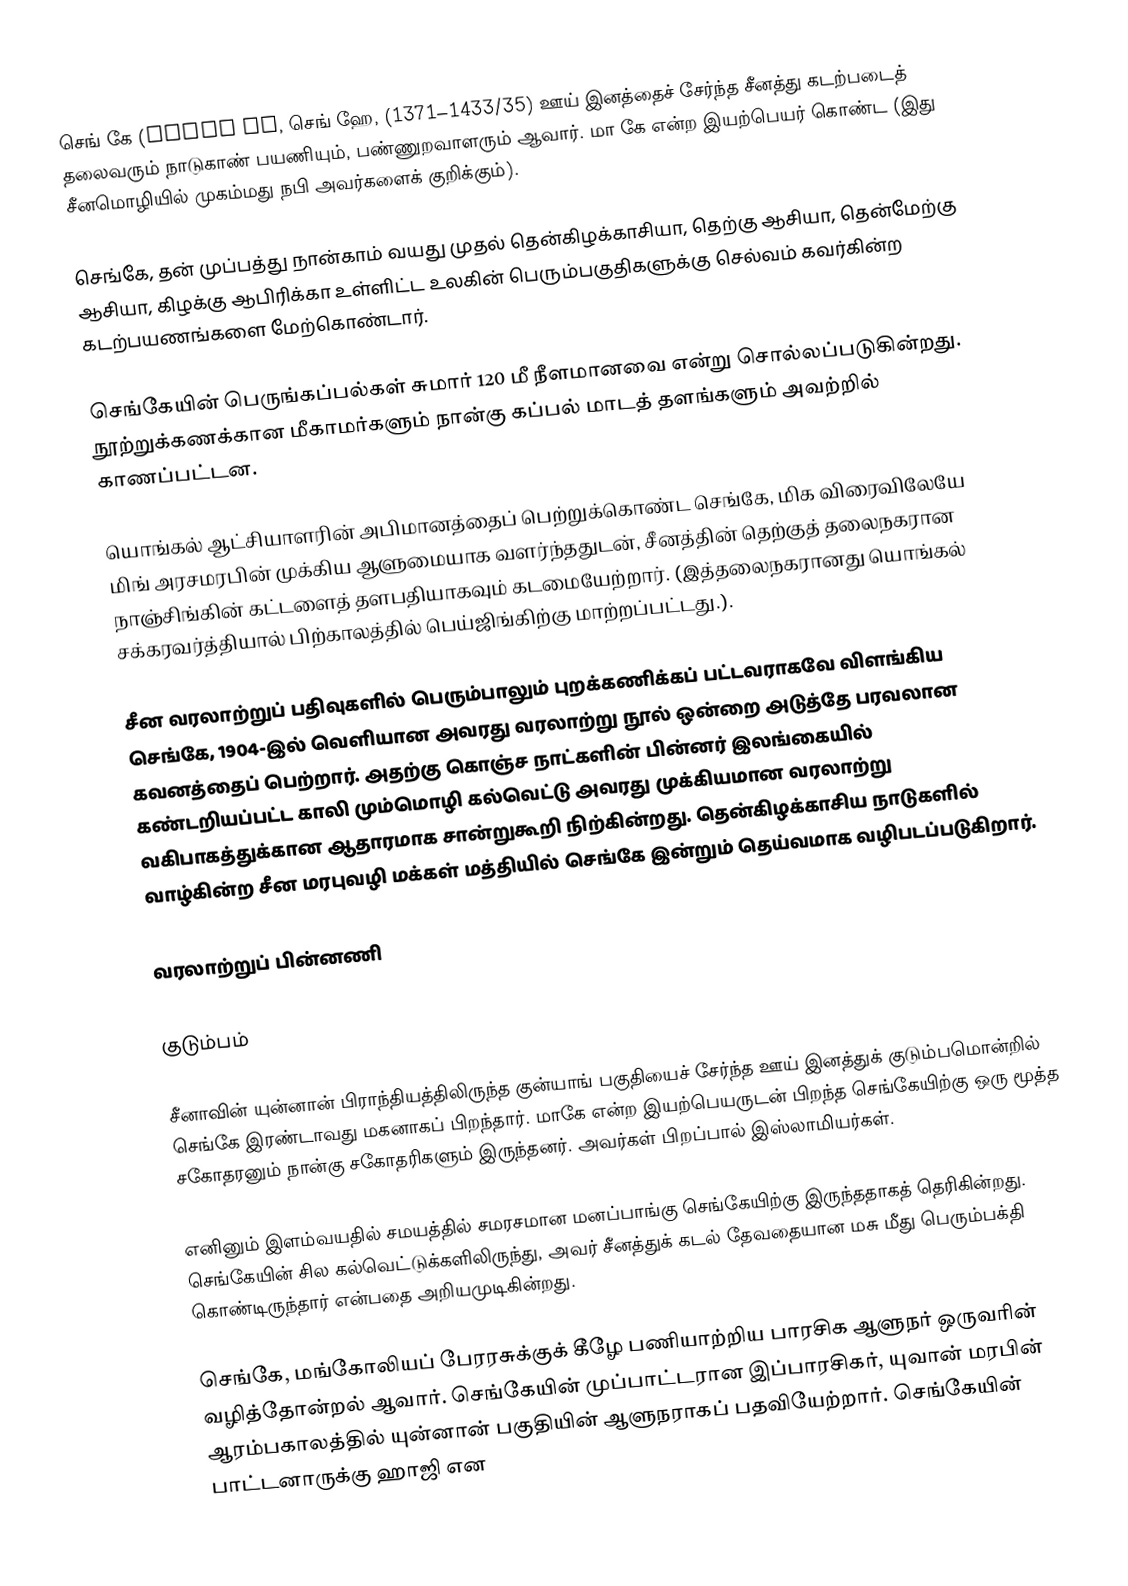
செங் கே (Zheng He, செங் ஹே, (1371–1433/35) ஊய் இனத்தைச் சேர்ந்த சீனத்து கடற்படைத் தலைவரும் நாடுகாண் பயணியும், பண்ணுறவாளரும் ஆவார். மா கே என்ற இயற்பெயர் கொண்ட (இது சீனமொழியில் முகம்மது நபி அவர்களைக் குறிக்கும்).

செங்கே, தன் முப்பத்து நான்காம் வயது முதல் தென்கிழக்காசியா, தெற்கு ஆசியா,  தென்மேற்கு ஆசியா, கிழக்கு ஆபிரிக்கா உள்ளிட்ட உலகின் பெரும்பகுதிகளுக்கு செல்வம் கவர்கின்ற கடற்பயணங்களை மேற்கொண்டார்.

செங்கேயின் பெருங்கப்பல்கள் சுமார் 120 மீ நீளமானவை என்று சொல்லப்படுகின்றது. நூற்றுக்கணக்கான மீகாமர்களும்  நான்கு கப்பல் மாடத் தளங்களும் அவற்றில் காணப்பட்டன.

யொங்கல் ஆட்சியாளரின் அபிமானத்தைப் பெற்றுக்கொண்ட செங்கே, மிக விரைவிலேயே மிங் அரசமரபின் முக்கிய ஆளுமையாக வளர்ந்ததுடன், சீனத்தின் தெற்குத் தலைநகரான நாஞ்சிங்கின் கட்டளைத் தளபதியாகவும் கடமையேற்றார். (இத்தலைநகரானது யொங்கல் சக்கரவர்த்தியால் பிற்காலத்தில் பெய்ஜிங்கிற்கு மாற்றப்பட்டது.).

சீன வரலாற்றுப் பதிவுகளில் பெரும்பாலும் புறக்கணிக்கப் பட்டவராகவே விளங்கிய செங்கே, 1904-இல் வெளியான அவரது வரலாற்று நூல் ஒன்றை அடுத்தே பரவலான கவனத்தைப் பெற்றார். அதற்கு கொஞ்ச நாட்களின் பின்னர் இலங்கையில் கண்டறியப்பட்ட காலி மும்மொழி கல்வெட்டு அவரது முக்கியமான வரலாற்று வகிபாகத்துக்கான ஆதாரமாக சான்றுகூறி நிற்கின்றது.  தென்கிழக்காசிய நாடுகளில் வாழ்கின்ற சீன மரபுவழி மக்கள் மத்தியில் செங்கே இன்றும் தெய்வமாக வழிபடப்படுகிறார்.

வரலாற்றுப் பின்னணி

குடும்பம்

சீனாவின் யுன்னான் பிராந்தியத்திலிருந்த  குன்யாங் பகுதியைச் சேர்ந்த ஊய் இனத்துக் குடும்பமொன்றில் செங்கே இரண்டாவது மகனாகப் பிறந்தார். மாகே என்ற இயற்பெயருடன் பிறந்த செங்கேயிற்கு ஒரு மூத்த சகோதரனும் நான்கு சகோதரிகளும் இருந்தனர். அவர்கள் பிறப்பால் இஸ்லாமியர்கள்.

எனினும் இளம்வயதில் சமயத்தில் சமரசமான மனப்பாங்கு செங்கேயிற்கு இருந்ததாகத் தெரிகின்றது. செங்கேயின் சில கல்வெட்டுக்களிலிருந்து, அவர் சீனத்துக் கடல் தேவதையான மசு மீது பெரும்பக்தி கொண்டிருந்தார் என்பதை அறியமுடிகின்றது.

செங்கே, மங்கோலியப் பேரரசுக்குக் கீழே பணியாற்றிய பாரசிக ஆளுநர் ஒருவரின் வழித்தோன்றல் ஆவார். செங்கேயின் முப்பாட்டரான இப்பாரசிகர், யுவான் மரபின் ஆரம்பகாலத்தில் யுன்னான் பகுதியின் ஆளுநராகப் பதவியேற்றார். செங்கேயின் பாட்டனாருக்கு ஹாஜி என